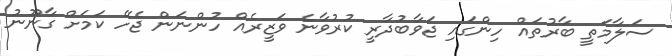
ސަލާމަތީ ބާރުތައް ހިންގައި ޖަވާބުދާރީ ކުރުވާނެ ވަޒީރެއް ހުންނަން ޖެހޭ ކަމަށް ގާނޫނު